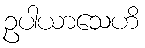
ဥပါယာသေဟိ